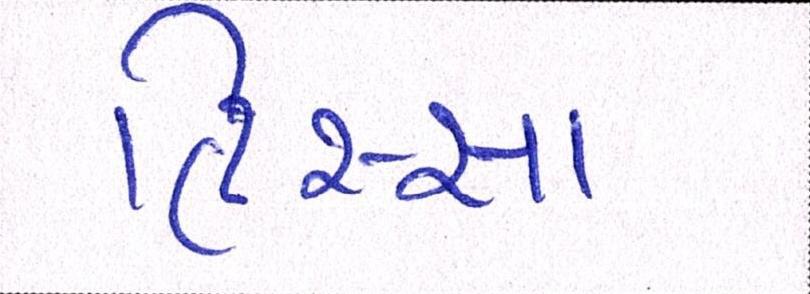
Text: હિસ્સા